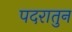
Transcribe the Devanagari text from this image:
पदरातुन